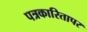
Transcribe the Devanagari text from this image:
पत्रकारितापर